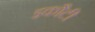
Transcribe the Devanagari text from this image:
इकौटी